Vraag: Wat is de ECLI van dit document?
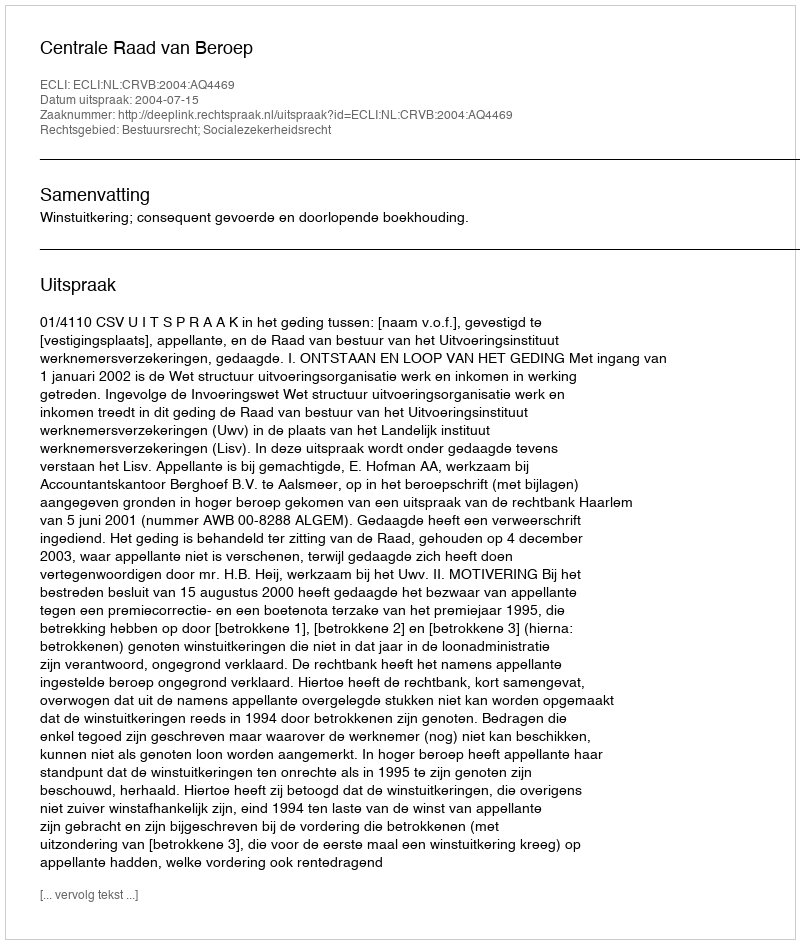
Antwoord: ECLI:NL:CRVB:2004:AQ4469